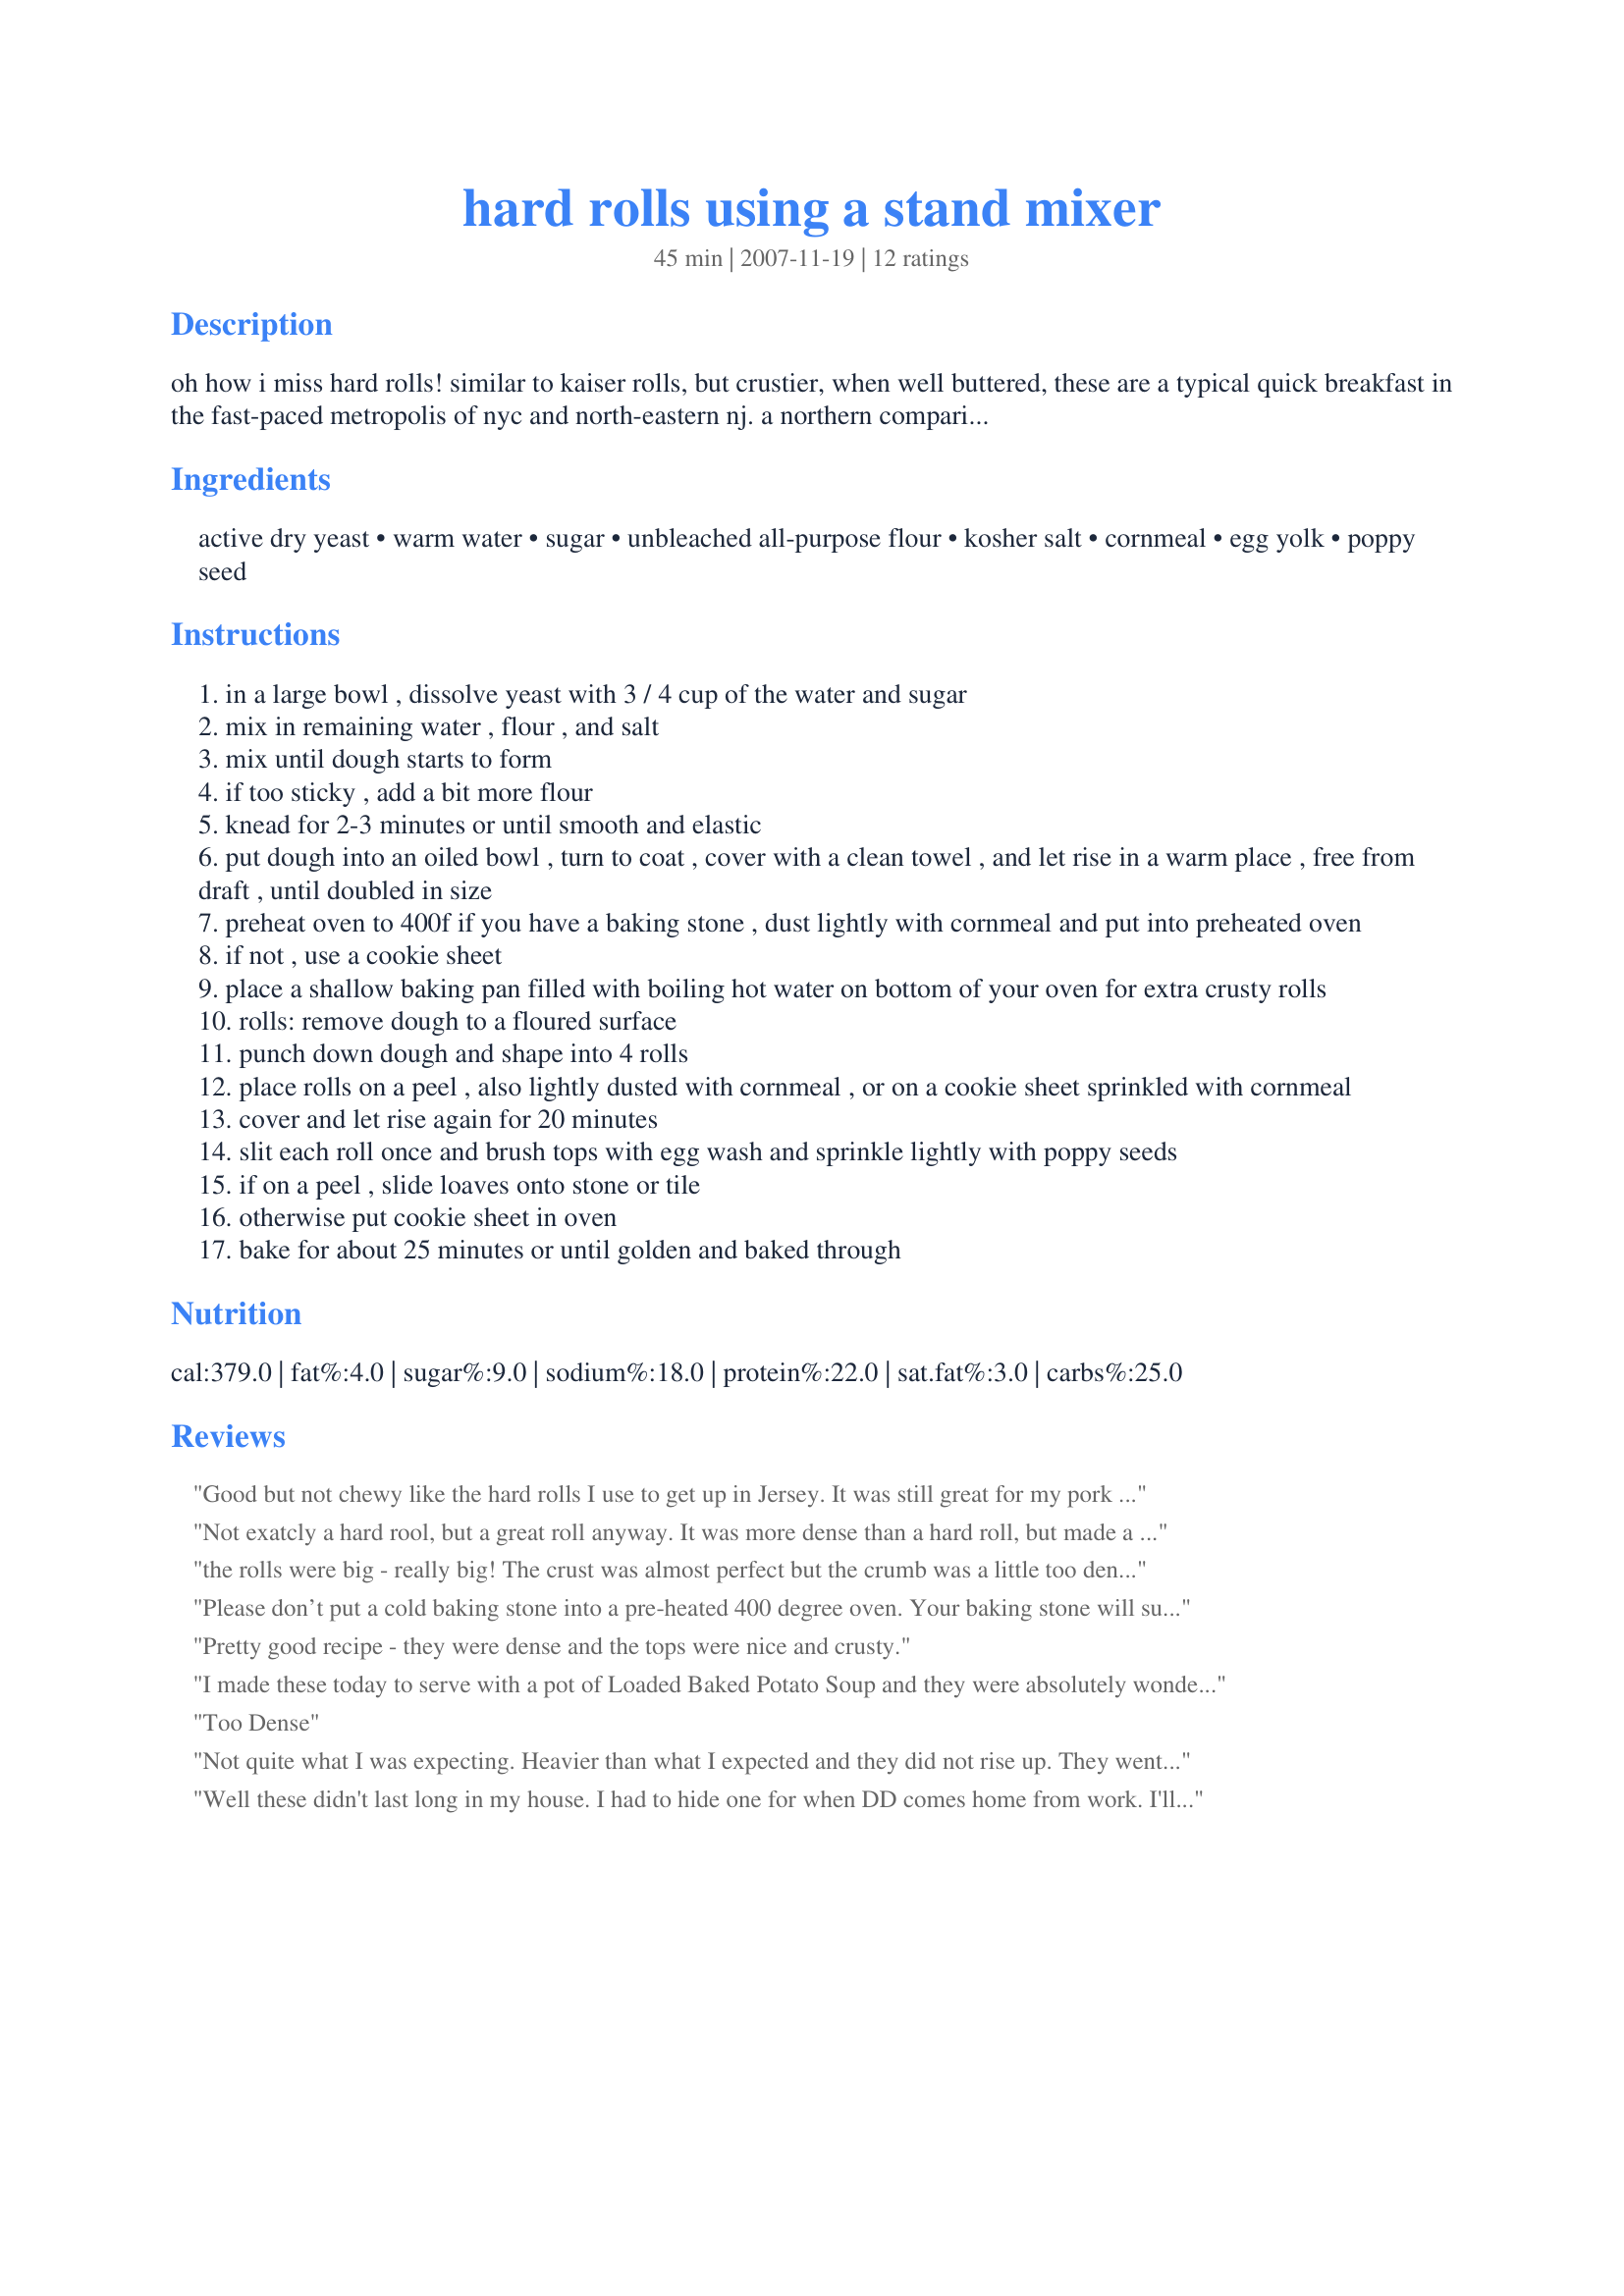
hard rolls using a stand mixer
Preparation time: 45 minutes

oh how i miss hard rolls! similar to kaiser rolls, but crustier, when well buttered, these are a typical quick breakfast in the fast-paced metropolis of nyc and north-eastern nj. a northern comparison to biscuts and gravy here in the southern usa, but these can be eaten on-the-go for a morning meal and are a lot less messy! these rolls will keep all day in a brown paper bag in your bread box.

Ingredients:
active dry yeast, warm water, sugar, unbleached all-purpose flour, kosher salt, cornmeal, egg yolk, poppy seed

Steps:
in a large bowl , dissolve yeast with 3 / 4 cup of the water and sugar
mix in remaining water , flour , and salt
mix until dough starts to form
if too sticky , add a bit more flour
knead for 2-3 minutes or until smooth and elastic
put dough into an oiled bowl , turn to coat , cover with a clean towel , and let rise in a warm place , free from draft , until doubled in size
preheat oven to 400f if you have a baking stone , dust lightly with cornmeal and put into preheated oven
if not , use a cookie sheet
place a shallow baking pan filled with boiling hot water on bottom of your oven for extra crusty rolls
rolls: remove dough to a floured surface
punch down dough and shape into 4 rolls
place rolls on a peel , also lightly dusted with cornmeal , or on a cookie sheet sprinkled with cornmeal
cover and let rise again for 20 minutes
slit each roll once and brush tops with egg wash and sprinkle lightly with poppy seeds
if on a peel , slide loaves onto stone or tile
otherwise put cookie sheet in oven
bake for about 25 minutes or until golden and baked through

Reviews:
Good but not chewy like the hard rolls I use to get up in Jersey. It was still great for my pork roll, egg and cheese.
Not exatcly a hard rool, but a great roll anyway. It was more dense than a hard roll, but made a great bacon, egg and cheese sandwich.(made for the Please Review my Recipe Tag Game. July 08.)
the rolls were big - really big! The crust was almost perfect but the crumb was a little too dense for me - I prefer the crumb to be lighter. However, my solution will be to let the initial rise be longer, cut the dough into 6 pieces and then allow the rolls to rise for a lot longer before baking. Thanks for a good starting recipe!
Please don’t put a cold baking stone into a pre-heated 400 degree oven. Your baking stone will suffer thermal shock and likely crack. Put the stone in a cold oven and pre-heat both at the same time.
Pretty good recipe - they were dense and the tops were nice and crusty.
I made these today to serve with a pot of Loaded Baked Potato Soup and they were absolutely wonderful!! My family loved them and they were perfect for dipping! I'll be making these many, many times over! Thank you for taking the time to post the recipe!
Too Dense
Not quite what I was expecting. Heavier than what I expected and they did not rise up. They went round enough but there was no real height to the roll. I tried the recipe twice with the same result. If anyone knows why I would like to know. I did add more yeast the second time but still they are too flat. Thanks.
Well these didn't last long in my house. I had to hide one for when DD comes home from work. I'll be making this again. Thank you for sharing.
The recipe came together easily; but the rolls were denser than traditional NJ hard rolls and they were UUUUUGE! :) Next time, I&#039;ll get 6 out of them. (oh yes, I will make them again!). I took the recipe through the first rise, made the rolls, covered and slipped them in the frig overnight where they proofed slowly the second time. I wanted to bake them up in the morning. Didn&#039;t require any more time baking either. I&#039;m thinking this might make a nice loaf of sandwich bread as well.
Seems like 25 minutes of cook time would get them just about right. Others loved them but they didn&#039;t make it for someone from Ct who grew up on hard rolls. Still, better than anything I&#039;ve had in Georgia.
